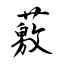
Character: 薂